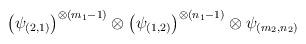
LaTeX: \begin{align*}\left(\psi_{(2,1)}\right)^{\otimes (m_{1}-1)}\otimes\left(\psi_{(1,2)}\right)^{\otimes (n_{1}-1)}\otimes\psi_{(m_{2},n_{2})}\end{align*}